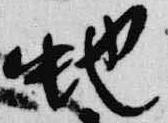
蛇